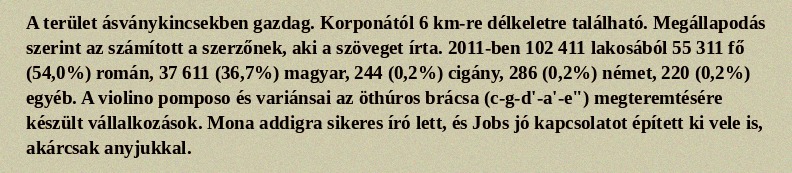
A terület ásványkincsekben gazdag. Korponától 6 km-re délkeletre található. Megállapodás szerint az számított a szerzőnek, aki a szöveget írta. 2011-ben 102 411 lakosából 55 311 fő (54,0%) román, 37 611 (36,7%) magyar, 244 (0,2%) cigány, 286 (0,2%) német, 220 (0,2%) egyéb. A violino pomposo és variánsai az öthúros brácsa (c-g-d'-a'-e") megteremtésére készült vállalkozások. Mona addigra sikeres író lett, és Jobs jó kapcsolatot épített ki vele is, akárcsak anyjukkal.